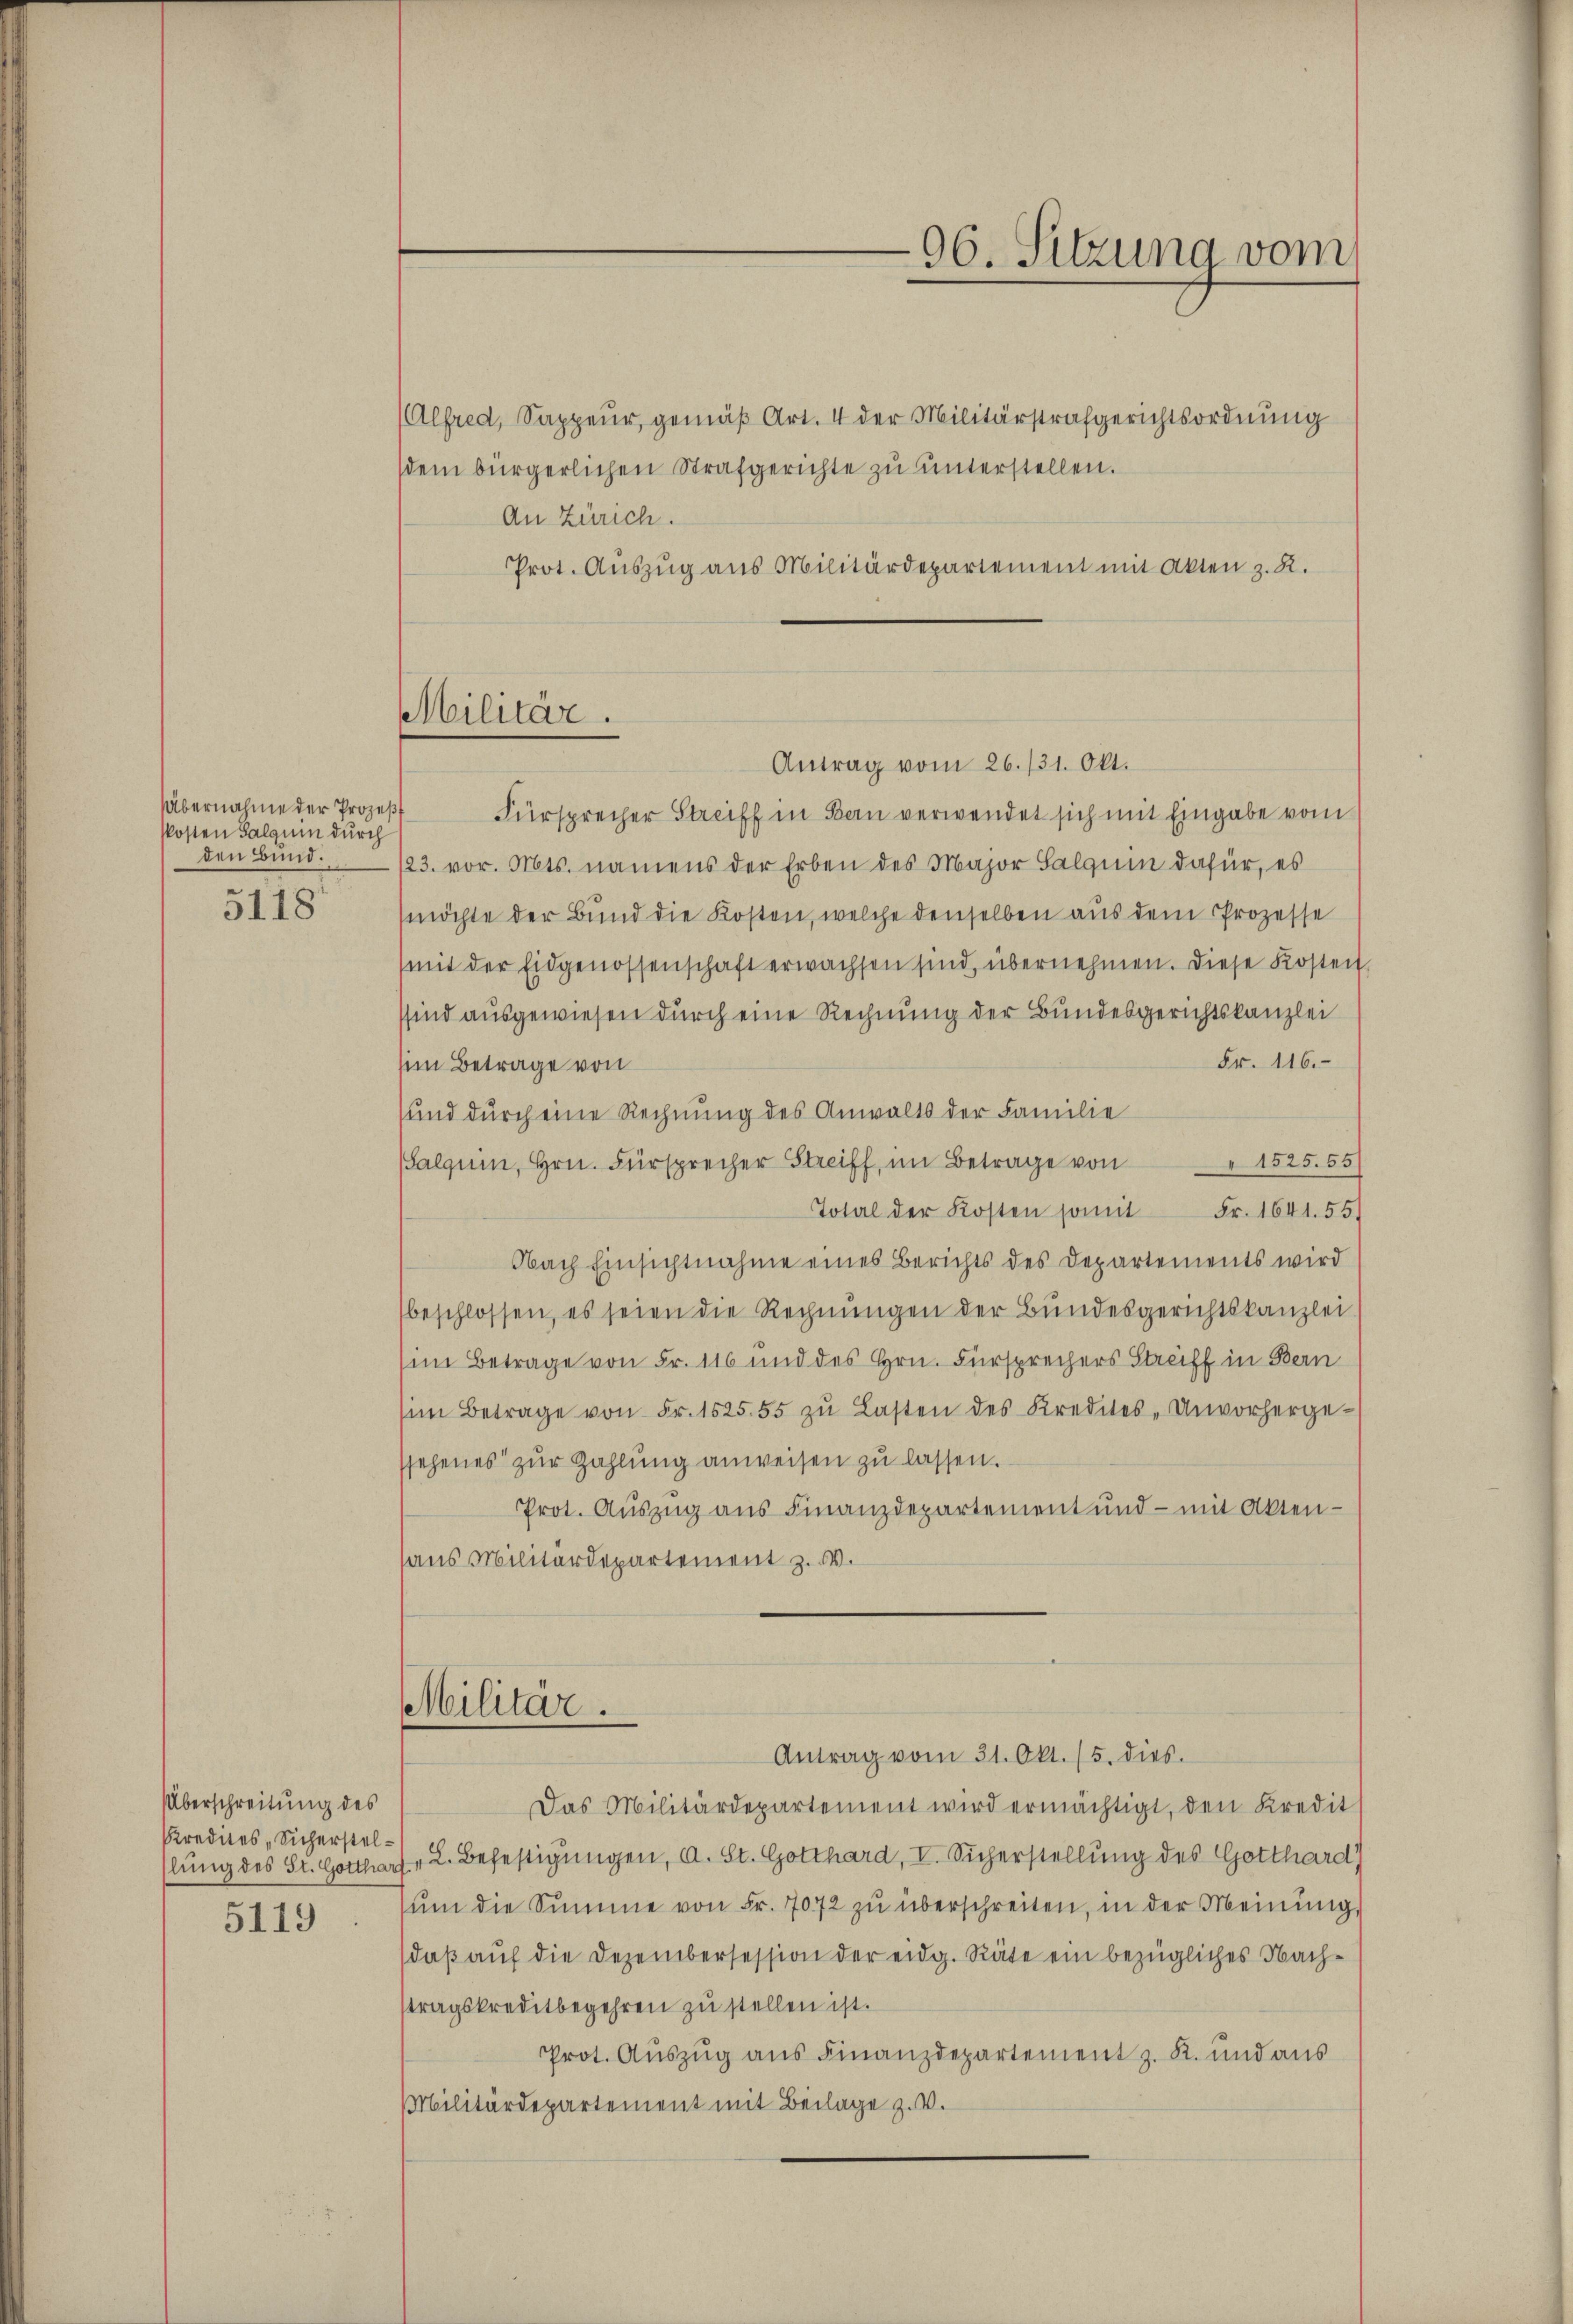
Übernahme der Prozeßf
Posten Salquin durch
den Bund.
5118

Überschreitung des
Kredites Sicherstel¬
5119

Alfred, Sappeur, gemäß Art. 4 der Militärstrafgerichtsordnung
sdem bürgerlichen Strafgerichte zu unterstellen.
An Zürich.
Prot. Auszug aus Militärdepartement mit Akten z. R.
Fürsprecher Streiff in Bern verwendet sich mit Eingabe vom
123. vor. Mts. namens der Erben des Major Salquin dafür, es
(möchte der Bund die Kosten, welche denselben aus dem Prozesse
(mit der Eidgenossenschaft erwachsen sind, übernehmen. Diese Kosten,
sind ausgewiesen durch eine Rechnung der Bundesgerichtskanzlei
Fr. 116.
him Betrage von
sund durch eine Rechnung des Anwalts der Familie
(Salquin, Hrn. Fürsprecher Streiff, im Betrage von 1525. 55
Total der Kosten somit Fr. 1641. 55.
Nach Einsichtnahme eines Berichts des Departements wird
beschlossen, es seien die Rechnŭngen der Bŭndesgerichtskanzlei
sim Betrage von Fr. 116 und des Hrn. Fürsprechers Streiff in Bern
(im Betrage von Fr. 1525.55 zŭ Lasten des Kredites - Unvorherge-
ssehenes zur Zahlung anweisen zu lassen.
Prot. Auszug aus Finanzdepartement und - mit Akten-
haus Militärdepartement z. W.
Militär.
Antrag vom 31. Okt. 15. dies.
Das Militärdepartement wird ermächtigt, den Kredit
slung des St. Gottharf v. L. Befestigungen, d. St. Gotthard, V. Sicherstellung des Gotthard
ŭm die Summe von Fr. 7072 zu überschreiten, in der Meinung
daß auf die Dezembersession der eidg. Räte ein bezügliches Nachstragskreditbegehren zu stellen ist.
Prot. Auszug aus Finanzdepartement z. R. und aus
Militärdepartement mit Beilage z. v.

Militär.

96. Sitzung vom

Antrag vom 26./31. Okt.